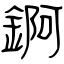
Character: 錒